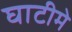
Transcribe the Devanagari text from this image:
घाटीमे